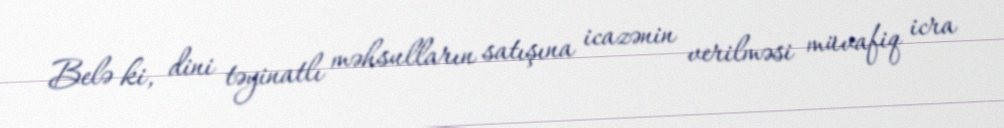
Belə ki, dini təyinatlı məhsulların satışına icazənin verilməsi müvafiq icra